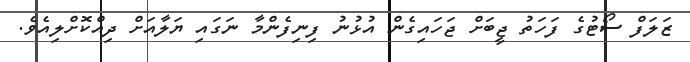
ޒަލަފް ސޯޓުގެ ފަހަތު ޖީބަށް ޖަހައިގެން އުޅުނު ފިނިފެންމާ ނަގައި ޔަލާއަށް ދިއްކޮށްލިއެވެ.